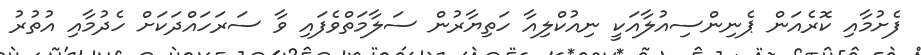
ފެށުމާއި ކޮރެއަން ޕެނިންސިއުލާއަކީ ނިއުކްލިއާ ހަތިޔާރުން ސަލާމަތްވެފައި ވާ ސަރަހައްދަކަށް ހެދުމާއި އުތުރު